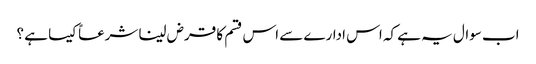
اب سوال یہ ہے کہ اس ادارے سے اس قسم کا قرض لینا شرعاً کیسا ہے ؟